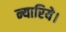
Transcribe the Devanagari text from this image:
न्यारिये।